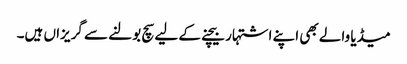
میڈیا والے بھی اپنے اشتہار بیچنے کے لیے سچ بولنے سے گریزاں ہیں۔